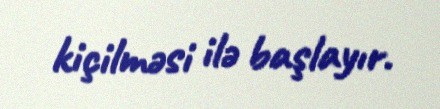
kiçilməsi ilə başlayır.